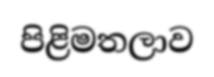
පිළිමතලාව